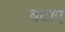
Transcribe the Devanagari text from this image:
बटाएं